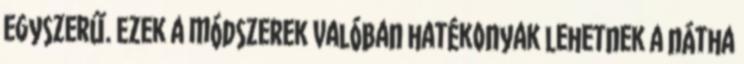
egyszerű. Ezek a módszerek valóban hatékonyak lehetnek a nátha